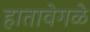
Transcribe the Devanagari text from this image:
हातावेगळे